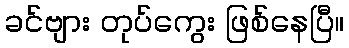
ခင်ဗျား တုပ်ကွေး ဖြစ်နေပြီ။